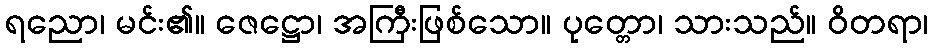
ရညော၊ မင်း၏။ ဇေဋ္ဌော၊ အကြီးဖြစ်သော။ ပုတ္တော၊ သားသည်။ ဝိတရာ၊